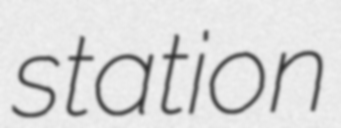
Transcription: station